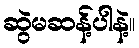
ဆွဲမဆန့်ပါနဲ့။